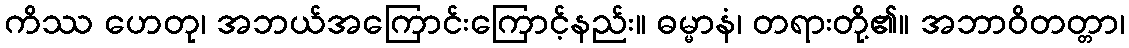
ကိဿ ဟေတု၊ အဘယ်အကြောင်းကြောင့်နည်း။ ဓမ္မာနံ၊ တရားတို့၏။ အဘာဝိတတ္တာ၊